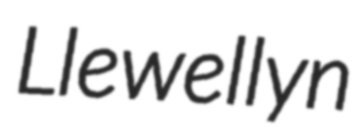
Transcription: Llewellyn